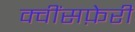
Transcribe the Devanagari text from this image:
क्वींसफ़ेरी